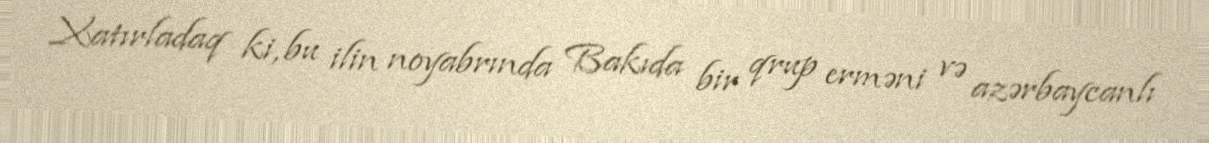
Xatırladaq ki, bu ilin noyabrında Bakıda bir qrup erməni və azərbaycanlı